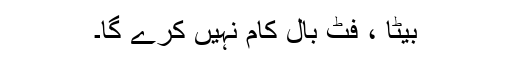
بیٹا ، فٹ بال کام نہیں کرے گا۔